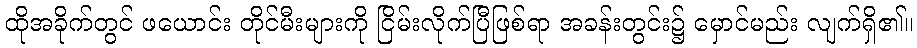
ထိုအခိုက်တွင် ဖယောင်း တိုင်မီးများကို ငြိမ်းလိုက်ပြီဖြစ်ရာ အခန်းတွင်း၌ မှောင်မည်း လျက်ရှိ၏။